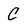
Character: C